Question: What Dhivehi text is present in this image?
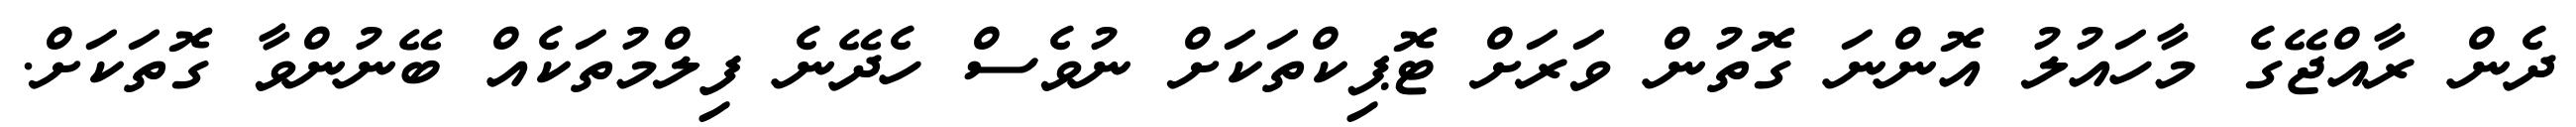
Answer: ދެން ރާއްޖޭގެ މާހައުލު އޮންނަ ގޮތުން ވަރަށް ޓޮޕިކްތަކަށް ނުވެސް ހެދޭނެ ފިލްމުތަކެއް ބޭނުންވާ ގޮތަކަށް.